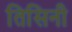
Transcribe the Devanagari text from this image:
तिसिनी